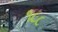
૧૮૮